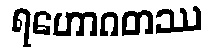
ရဟောဂတဿ